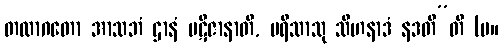
တထာဂတော အာသဘံ ဌာနံ ပဋိဇာနာတိ, ပရိသာသု သီဟနာဒံ နဒတီ”တိ (မ။